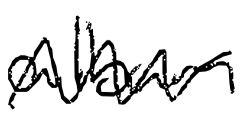
Text: album
Cross-out: mix
Writing tool: digital_black